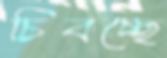
চিবচ্ছে